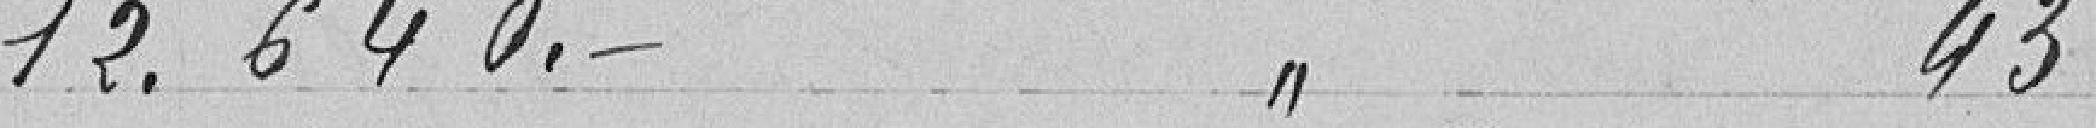
12.640. 43